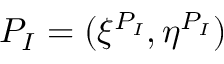
P _ { I } = ( \xi ^ { P _ { I } } , \eta ^ { P _ { I } } )